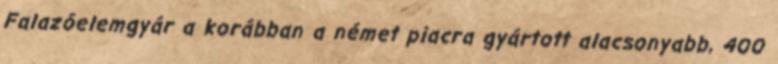
Falazóelemgyár a korábban a német piacra gyártott alacsonyabb, 400